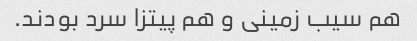
هم سیب زمینی و هم پیتزا سرد بودند.